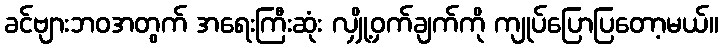
ခင်ဗျားဘဝအတွက် အရေးကြီးဆုံး လျှို့ဝှက်ချက်ကို ကျုပ်ပြောပြတော့မယ်။